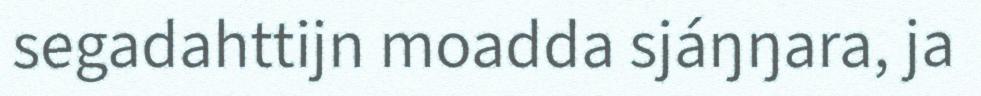
segadahttijn moadda sjáŋŋara, ja